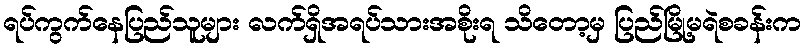
ရပ်ကွက်နေပြည်သူများ လက်ရှိအရပ်သားအစိုးရ သိတော့မှ ပြည်မြို့မရဲစခန်းက